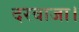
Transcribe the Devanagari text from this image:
दरवाजा।